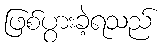
ဖြစ်ပွားခဲ့ရသည်